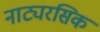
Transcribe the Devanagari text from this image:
नाट्यरसिक